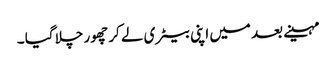
مہینے بعد میں اپنی بیٹری لے کر چھور چلا گیا ۔